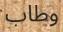
وطاب